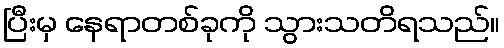
ပြီးမှ နေရာတစ်ခုကို သွားသတိရသည်။